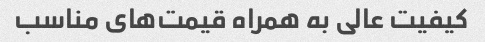
کیفیت عالی به همراه قیمت‌های مناسب